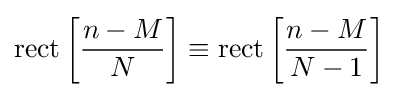
\operatorname {rect} \left[{n-M \over N}\right]\equiv \operatorname {rect} \left[{n-M \over N-1}\right]